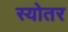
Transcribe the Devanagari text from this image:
स्योतर